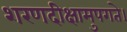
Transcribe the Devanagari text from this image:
शरणदीक्षामुपगते।